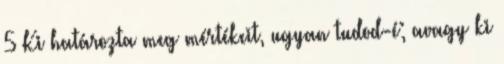
5 Ki határozta meg mértékeit, ugyan tudod-é; avagy ki